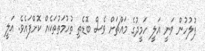
ފުލުހުން ވަނީ އަލީ ހަމީދުގެ މައްޗަށް ވެސް ބޮޑެތި ތުހުމަތުތަކެއް ކޮށްފައެވެ. އަލީ